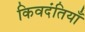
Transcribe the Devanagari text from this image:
किवदंतियाँ